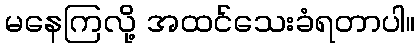
မနေကြလို့ အထင်သေးခံရတာပါ။